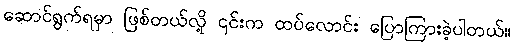
ဆောင်ရွက်ရမှာ ဖြစ်တယ်လို့ ၎င်းက ထပ်လောင်း ပြောကြားခဲ့ပါတယ်။